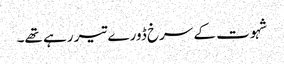
شہوت کے سرخ ڈورے تیر رہے تھے۔